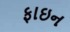
ફાઇન